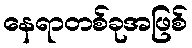
နေရာတစ်ခုအဖြစ်